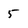
Character: 5